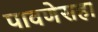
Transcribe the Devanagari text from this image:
पावणेसहा